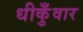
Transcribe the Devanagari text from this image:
धीकुँवार